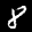
Label: 8